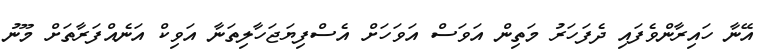
އޭނާ ހައިރާންވެފައި ދެފަހަރު މަތިން އަވަސް އަވަހަށް އެސްފިޔަޖަހާލިތަނާ އަވިކް އަނެއްފަރާތަށް މޫނު